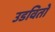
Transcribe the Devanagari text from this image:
उडवितो